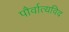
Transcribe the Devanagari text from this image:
पौर्वात्यविद